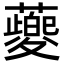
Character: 䕫